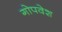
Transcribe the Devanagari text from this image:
गोपवेश